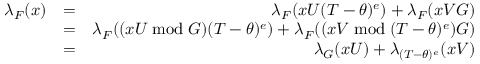
\begin{array} { r l r } { \lambda _ { F } ( x ) } & { = } & { \lambda _ { F } ( x U ( T - \theta ) ^ { e } ) + \lambda _ { F } ( x V G ) } \\ & { = } & { \lambda _ { F } ( ( x U \bmod G ) ( T - \theta ) ^ { e } ) + \lambda _ { F } ( ( x V \bmod ( T - \theta ) ^ { e } ) G ) } \\ & { = } & { \lambda _ { G } ( x U ) + \lambda _ { ( T - \theta ) ^ { e } } ( x V ) } \end{array}